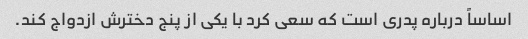
اساساً درباره پدری است که سعی کرد با یکی از پنج دخترش ازدواج کند.